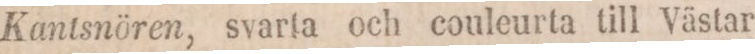
Kantsnören, svarta och couleurta till Vätar